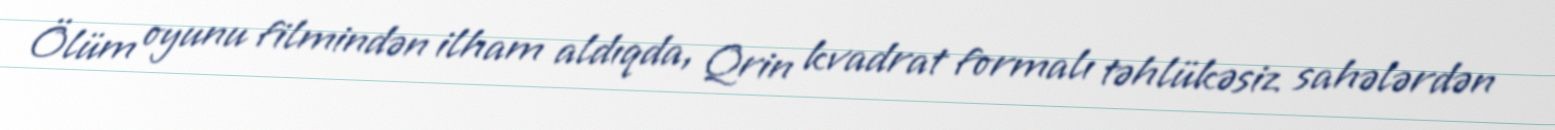
Ölüm oyunu filmindən ilham aldıqda, Qrin kvadrat formalı təhlükəsiz sahələrdən